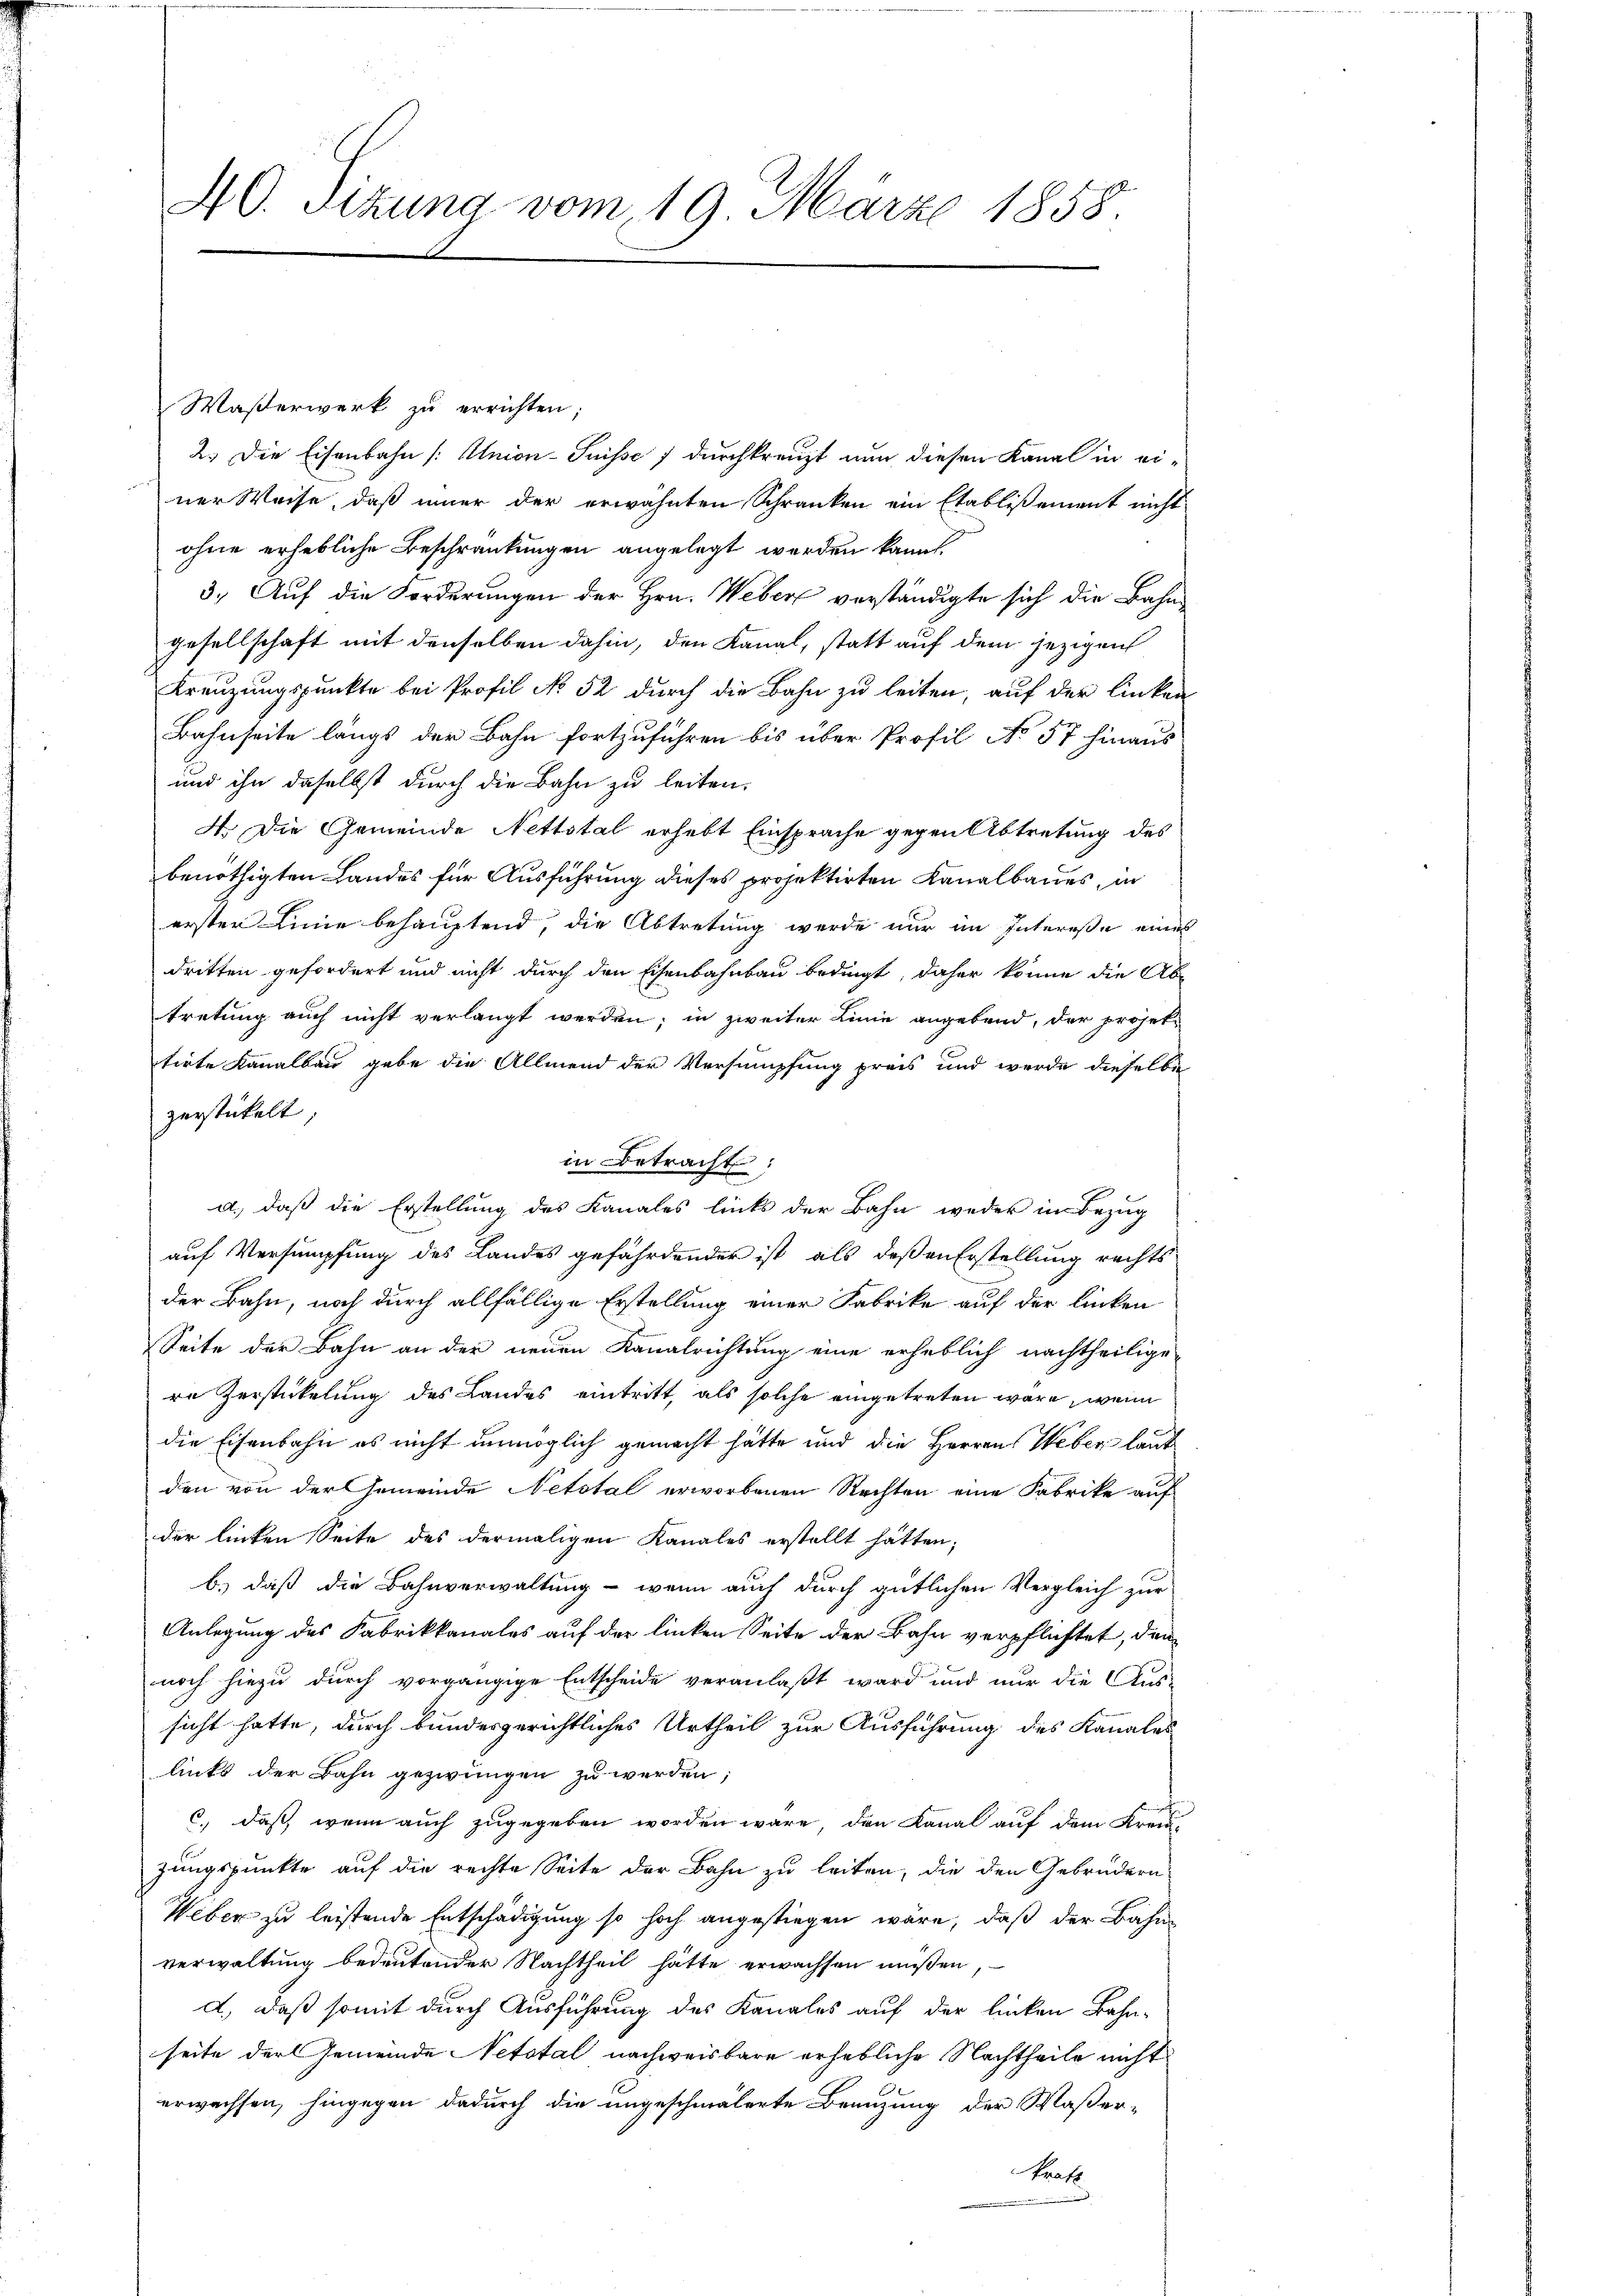
Waßerwerk zu errichten;
2.) Die Eisenbahn /: Union-Suisse durchkreuzt nun diesen Kanal in einer Weise, daß inner der erwähnten Schranken ein Etablißement nicht
ohne erhebliche Beschränkungen angelegt werden kannt.
3.) Auf die Forderungen der Hrn. Weber verständigte sich die Bahngesellschaft mit denselben dahin, den Kanal, statt auf dem jezigen
Kreuzungspunkte bei Profil No 52 durch die Bahn zu leiten, auf der linken
Bahnseite längs der Bahn fortzuführen bis über Profil No 57 hinaus
und ihn daselbst durch die Bahn zu leiten,
4. Die Gemeinde Nettstal erhebt Einsprache gegen Abtretung des
benöthigten Landes für Ausführung dieses projektirten Kanalbaues, in
erster Linie behauptend, die Abtretung werde nur im Intereße eines
dritten gefordert und nicht durch den Eisenbahnbau bedingt, daher könne die Ab-
tretung auch nicht verlangt werden; in zweiter Linie angebend, der prosettirte Kanalbau gebe die Allmend der Versumpfung preis und werde dieselbe
zerstückelt
in Betracht:
d.) daß die Erstellung des Kanales links der Bahn weder im Bezug
auf Versumpfung des Landes gefährdender ist, als deßen Erstellung rechts
der Bahn, noch durch allfällige Erstellung einer Fabrike auf der linken
Seite der Bahn an der neuen Kanalrichtung eine erheblich nachtheilige
re Zerstickelung des Landes eintritt, als solche eingetreten wäre, wenn
die Eisenbahn es nicht unmöglich gemacht hätte und die Herren Weber laut
den von der Gemeinde Netotal erworbenen Rechten eine Fabrike auf
der linken Seite des dermaligen Kanales erstellt hätten;
b.) daß die Bahnverwaltung - wenn auch durch gütlichen Vergleich zur
Anlegung des Fabrikkanales auf der linken Seite der Bahn verpflichtet, den
noch hiezu durch vorgängige Entscheide veranlaßt ward und nur die Aus-
sicht hatte, durch bundesgerichtliches Urtheil zur Ausführung des Kanales
links der Bahn gezwungen zu werden,
c., daß wenn auch zugegeben worden wäre, den Kanal auf dem Kreizungspunkte auf die rechte Seite der Bahn zu leiten, die den Gebrüdern
Weber zu leistende Entschädigung so hoch angestiegen wäre, daß der Bahn-
verwaltung bedeutender Nachtheil hätte erwachsen müssen,
d., daß somit durch Ausführung des Kanales auf der linken Bahn-
seite der Gemeinde Netotal nachweisbare erhebliche Nachtheile nicht
erwachsen, hingegen dadurch die ungeschmälerte Benuzung der Waßer-
kraft

40. Sitzung vom 19. März 1858.